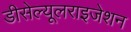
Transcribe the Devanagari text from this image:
डीसेल्यूलराइजेशन